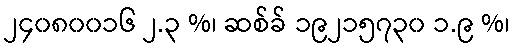
၂၄၀၈၀၀၁၆ ၂.၃ %၊ ဆစ်ခ် ၁၉၂၁၅၇၃၀ ၁.၉ %၊